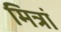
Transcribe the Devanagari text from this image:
मित्रां